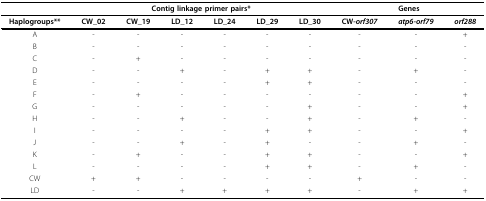
|  | <COLSPAN=6> Contig linkage primer pairs* | <COLSPAN=3> Genes |
 | Haplogroups** | CW_02 | CW_19 | LD_12 | LD_24 | LD_29 | LD_30 | CW-orf307 | atp6-orf79 | orf288 |
 | --- | --- | --- | --- | --- | --- | --- | --- | --- | --- |
 | A | - | - | - | - | - | - | - | - | + |
 | B | - | - | - | - | - | - | - | - | - |
 | C | - | + | - | - | - | - | - | - | - |
 | D | - | - | + | - | + | + | - | + | - |
 | E | - | - | - | - | + | + | - | - | - |
 | F | - | + | - | - | - | - | - | - | + |
 | G | - | - | - | - | - | + | - | - | + |
 | H | - | - | + | - | - | + | - | + | - |
 | I | - | - | - | - | + | + | - | - | + |
 | J | - | - | + | - | + | - | - | + | - |
 | K | - | + | - | - | + | + | - | - | + |
 | L | - | - | - | - | + | + | - | + | - |
 | CW | + | + | - | - | - | - | + | - | - |
 | LD | - | - | + | + | + | + | - | + | + |